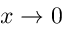
x \to 0